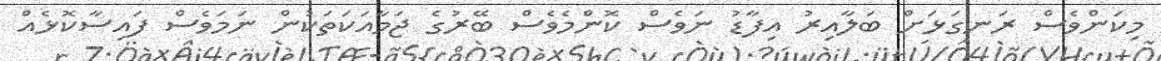
މިކަންވެސް ރަނގަޅަށް ބަލާއިރު އިފާޑު ނަވެސް ކޮންމެވެސް ބޭރުގެ ޖަމާއަކަތަކުން ނަމަވެސް ފައިސާކޮޅެއް